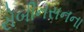
રોબીનસનના